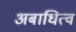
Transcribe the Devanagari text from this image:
अबाधित्व